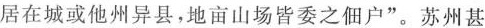
居在城或他州异县，地亩山场皆委之佃户”。苏州甚